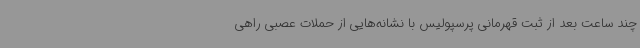
چند ساعت بعد از ثبت قهرمانی پرسپولیس با نشانه‌هایی از حملات عصبی راهی